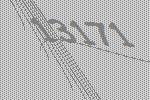
13171